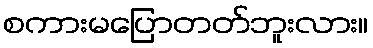
စကားမပြောတတ်ဘူးလား။